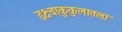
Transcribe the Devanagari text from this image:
इक्ष्वाकुकुलातला